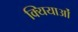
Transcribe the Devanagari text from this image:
क्यियाओं